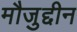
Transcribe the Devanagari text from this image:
मौजुद्दीन